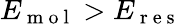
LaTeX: E_{\mathrm{~m~o~l~}}>E_{\mathrm{~r~e~s~}}